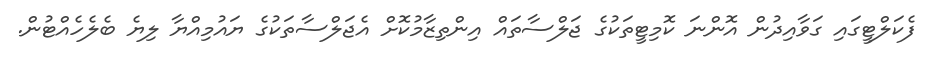
ފެކަލްޓީގައި ގަވާއިދުން އޮންނަ ކޮމިޓީތަކުގެ ޖަލްސާތައް އިންތިޒާމުކޮށް އެޖަލްސާތަކުގެ ޔައުމިއްޔާ ލިޔެ ބެލެހެއްޓުން.